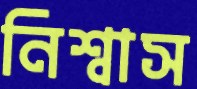
নিশ্বাস